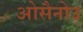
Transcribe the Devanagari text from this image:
ओसैनोउ